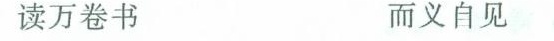
读万卷书 而义自见